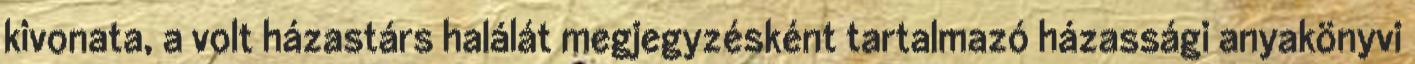
kivonata, a volt házastárs halálát megjegyzésként tartalmazó házassági anyakönyvi